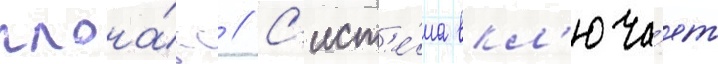
глона́сс // С'ист'е́ма вкл'юча́ет